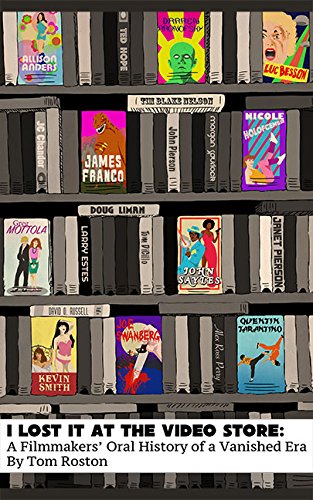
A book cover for I Lost it at the Video Store: A Filmmakers' Oral History of a Vanished Era; Tom Roston; Humor & Entertainment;